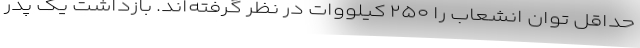
حداقل توان انشعاب را ۲۵۰ کیلووات در نظر گرفته‌اند. بازداشت یک پدر